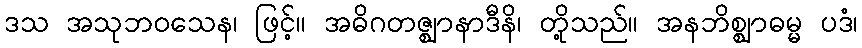
ဒသ အသုဘဝသေန၊ ဖြင့်။ အဓိဂတဇ္ဈာနာဒီနိ၊ တို့သည်။ အနဘိစ္ဈာဓမ္မ ပဒံ၊